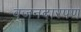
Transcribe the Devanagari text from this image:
वजनदारपण